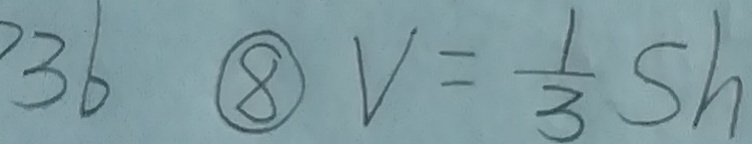
3 6 \textcircled { 8 } V = \frac { 1 } { 3 } s h